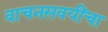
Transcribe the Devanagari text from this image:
वाचनसवयींचा